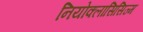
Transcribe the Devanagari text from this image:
नियोक्लासिसिज्म